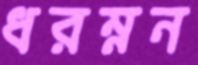
ধরম্নন